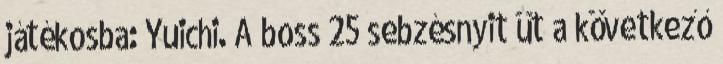
játékosba: Yuichi. A boss 25 sebzésnyit üt a következő